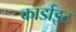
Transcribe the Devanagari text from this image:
कार्डाइट